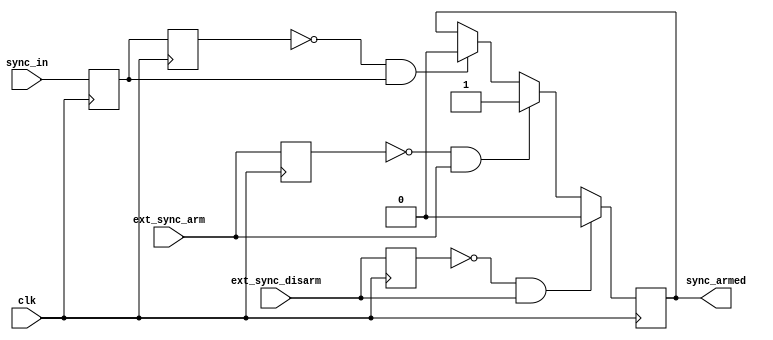
// ***************************************************************************
// ***************************************************************************
// Copyright (C) 2018-2023 Analog Devices, Inc. All rights reserved.
//
// In this HDL repository, there are many different and unique modules, consisting
// of various HDL (Verilog or VHDL) components. The individual modules are
// developed independently, and may be accompanied by separate and unique license
// terms.
//
// The user should read each of these license terms, and understand the
// freedoms and responsibilities that he or she has by using this source/core.
//
// This core is distributed in the hope that it will be useful, but WITHOUT ANY
// WARRANTY; without even the implied warranty of MERCHANTABILITY or FITNESS FOR
// A PARTICULAR PURPOSE.
//
// Redistribution and use of source or resulting binaries, with or without modification
// of this file, are permitted under one of the following two license terms:
//
//   1. The GNU General Public License version 2 as published by the
//      Free Software Foundation, which can be found in the top level directory
//      of this repository (LICENSE_GPL2), and also online at:
//      <https://www.gnu.org/licenses/old-licenses/gpl-2.0.html>
//
// OR
//
//   2. An ADI specific BSD license, which can be found in the top level directory
//      of this repository (LICENSE_ADIBSD), and also on-line at:
//      https://github.com/analogdevicesinc/hdl/blob/main/LICENSE_ADIBSD
//      This will allow to generate bit files and not release the source code,
//      as long as it attaches to an ADI device.
//
// ***************************************************************************
// ***************************************************************************

`timescale 1ns/100ps

module util_ext_sync #(
  parameter ENABLED = 1
) (
  input clk,

  input ext_sync_arm,
  input ext_sync_disarm,

  input sync_in,

  output reg sync_armed = 1'b0
);

  reg sync_in_d1 = 1'b0;
  reg sync_in_d2 = 1'b0;
  reg ext_sync_arm_d1 = 1'b0;
  reg ext_sync_disarm_d1 = 1'b0;

  // External sync
  always @(posedge clk) begin
    ext_sync_arm_d1 <= ext_sync_arm;
    ext_sync_disarm_d1 <= ext_sync_disarm;

    sync_in_d1 <= sync_in ;
    sync_in_d2 <= sync_in_d1;

    if (ENABLED == 1'b0) begin
      sync_armed <= 1'b0;
    end else if (~ext_sync_disarm_d1 & ext_sync_disarm) begin
      sync_armed <= 1'b0;
    end else if (~ext_sync_arm_d1 & ext_sync_arm) begin
      sync_armed <= 1'b1;
    end else if (~sync_in_d2 & sync_in_d1) begin
      sync_armed <= 1'b0;
    end
  end

endmodule